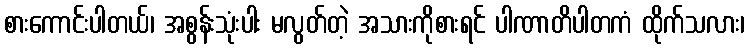
စားကောင်းပါတယ်၊ အစွန်းသုံးပါး မလွတ်တဲ့ အသားကိုစားရင် ပါဏာတိပါတကံ ထိုက်သလား၊